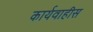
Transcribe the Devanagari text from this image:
कार्यवाहीस